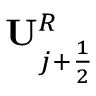
\mathbf { U } _ { j + \frac { 1 } { 2 } } ^ { R }